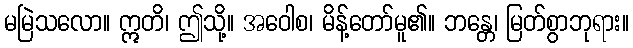
မမြဲသလော။ ဣတိ၊ ဤသို့။ အဝေါစ၊ မိန့်တော်မူ၏။ ဘန္တေ၊ မြတ်စွာဘုရား။